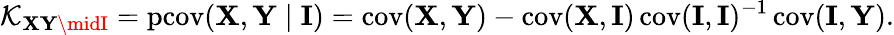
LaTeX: \operatorname{\mathcal{K}}_{\mathbf{{XY\midI}}}=\operatorname{pcov}(\mathbf{{X}},\mathbf{{Y}}\mid\mathbf{{I}})=\operatorname{cov}(\mathbf{{X}},\mathbf{{Y}})-\operatorname{cov}(\mathbf{{X}},\mathbf{{I}})\operatorname{cov}(\mathbf{{I}},\mathbf{{I}})^{-1}\operatorname{cov}(\mathbf{{I}},\mathbf{{Y}}).